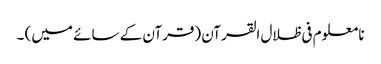
نا معلوم فی ظلال القرآن (قرآن کے سائے میں) ۔